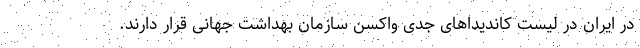
در ایران در لیست کاندیداهای جدی واکسن سازمان بهداشت جهانی قرار دارند.